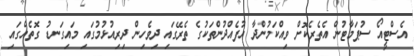
އެސްޓީއޯ ސުޕަމާޓުން އެތެރެކޮށް ވިއްކަމުންދާ އުފެއްދުންތަކުގެ ތެރޭގައި ދިވެހިން ދިރިއުޅުމުގައި މައިގަނޑު ގޮތެއްގައި